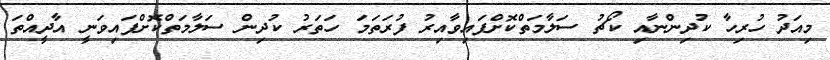
މިއަދު ހުރިހާ ކުދިންނާއި ކޯޗު ސަލާމަތްކޮށްފައިވާއިރު ފުރަތަމަ ހަތަރު ކުދިން ސަލާމަތްކޮށްފައިވަނީ އާދީއްތަ